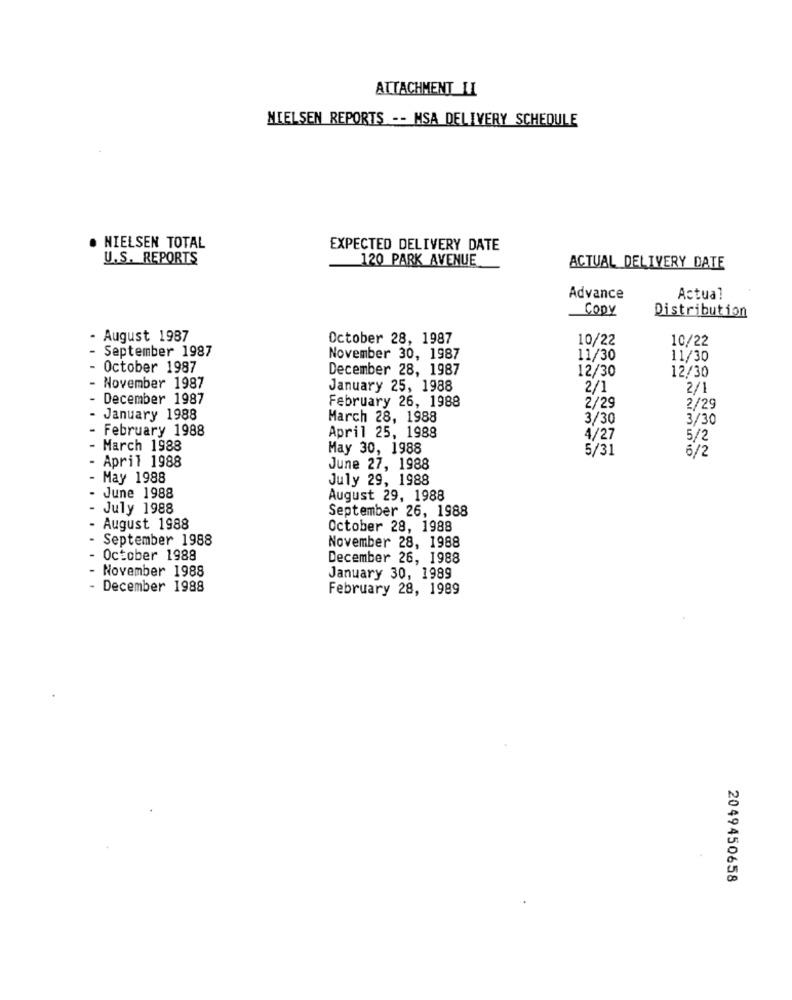
ATTACHMENT LI
NIELSEN REPORTS -- MSA DELIVERY SCHEDULE
. NIELSEN TOTAL
EXPECTED DELIVERY DATE
U.S. REPORTS
120 PARK AVENUE
ACTUAL DELIVERY DATE
Advance
Actual
Copy
Distribution
- August 1987
October 28, 1987
10/22
10/22
- September 1987
November 30, 1987
11/30
11/30
October 1987
December 28, 1987
12/30
12/30
- November 1987
January 25, 1988
2/1
2/1
December 1987
February 26, 1988
2/29
2/29
- January 1988
March 28, 1988
3/30
3/30
- February 1988
April 25, 1988
4/27
5/2
March 1988
May 30, 1988
5/31
6/2
April 1988
June 27, 1988
May 1988
July 29, 1988
June 1988
August 29, 1988
July 1988
September 26, 1988
August 1988
October 28, 1988
September 1988
November 28, 1988
October 1988
December 26, 1988
- November 1988
January 30, 1989
. December 1988
February 28, 1989
2049450658